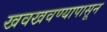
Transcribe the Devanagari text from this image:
खवखवण्यापासून